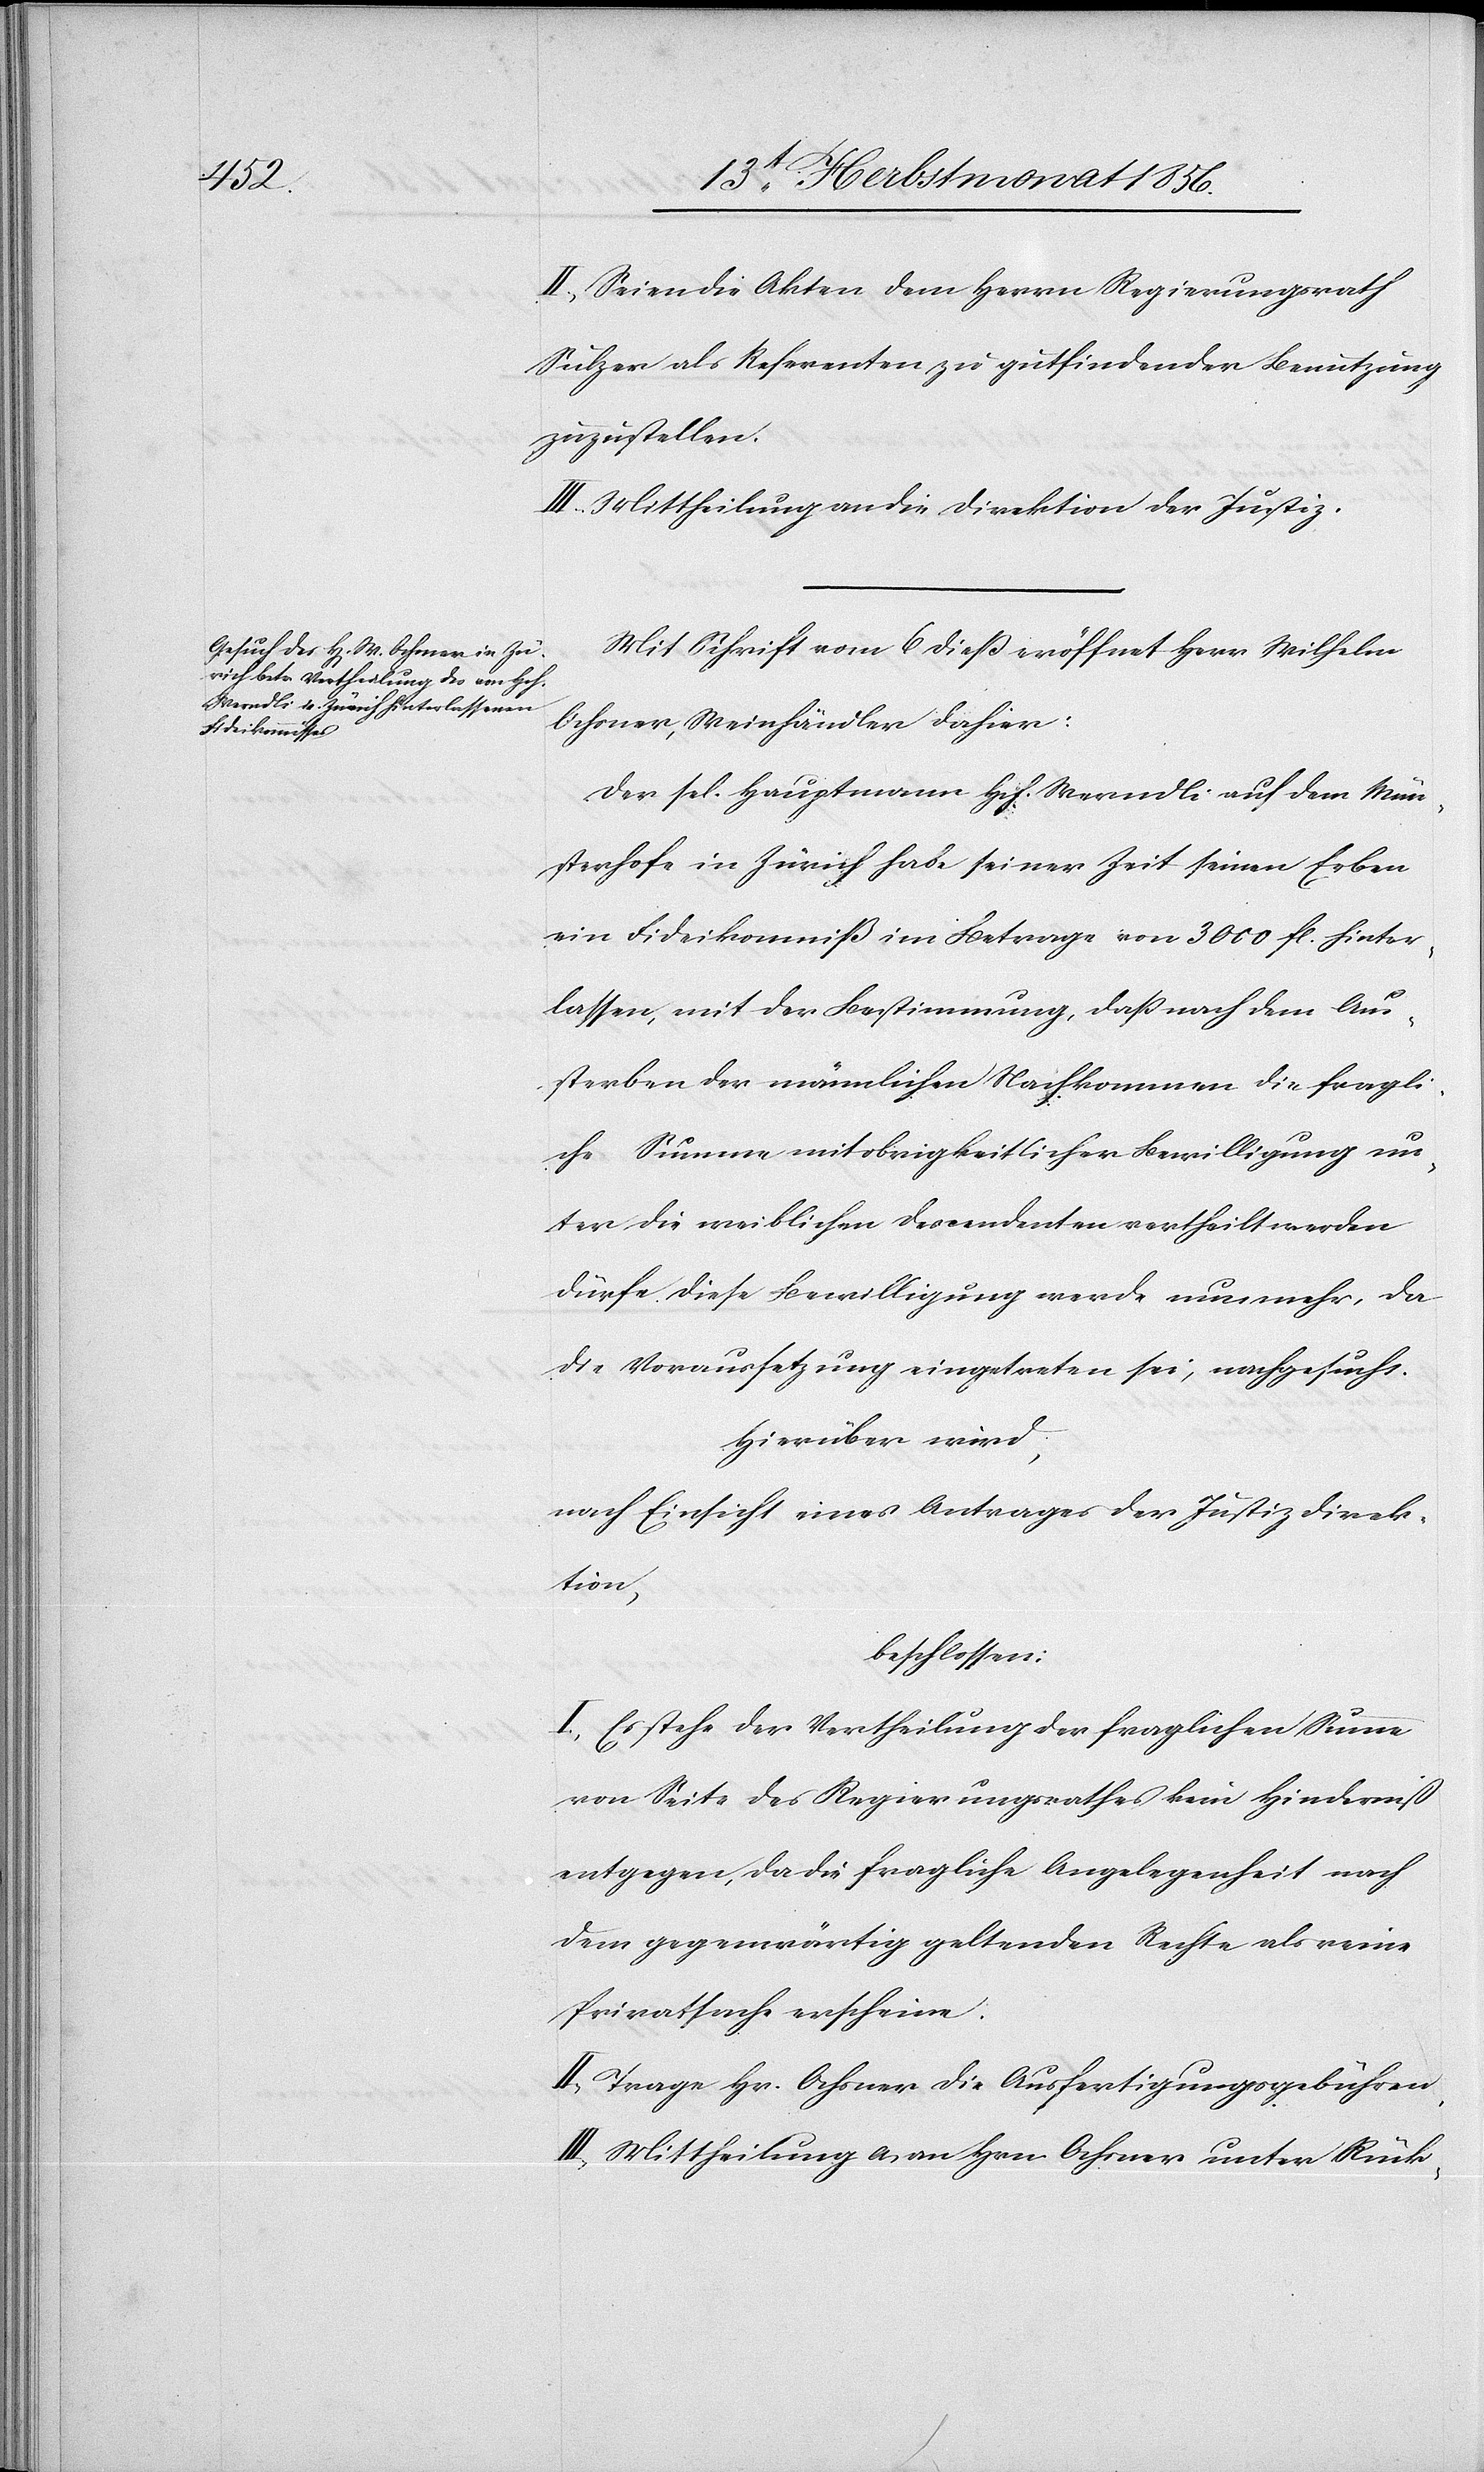
II.) Seien die Akten dem Herrn Regierungsrath
Sulzer als Referenten zu gutfindender Benutzung
zuzustellen.
III.) Mittheilung an die Direktion der Justiz.
Mit Schrift vom 6 diess eröffnet Herr Wilhelm
Ochsner, Weinhändler dahier:
Der sel. Hauptmann Hch. Werndli auf dem Mün¬
sterhofe in Zürich habe seiner Zeit seinen Erben
ein Fideikomiß im Betrage von 3000 fl. hinter¬
lassen, mit der Bestimmung, dass nach dem Aus¬
sterben der männlichen Nachkommen die fragli¬
che Summe mit obrigkeitlicher Bewilligung un¬
ter die weiblichen Descendenten vertheilt werden
dürfe. Diese Bewilligung werde nunmehr, da
die Voraussetzung eingetreten sei, nachgesucht.
Hierüber wird,
nach Einsicht eines Antrages der Justizdirek¬
tion,
beschlossen:
I.) Es stehe der Vertheilung der fraglichen Summe
von Seite des Regierungsrathes kein Hinderniß
entgegen, da die fragliche Angelegenheit nach
dem gegenwärtig geltenden Rechte als reine
Privatsache erscheine.
II.) Trage Hr. Ochsner die Ausfertigungsgebühren.
III.) Mittheilung a) an Hrn Ochsner unter Rück-